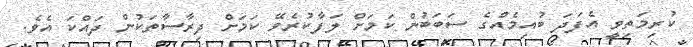
ކުރިމަތިވީ އެފަދަ ބުއިމެއްގެ ސަބަބުން ކަމަށް ލަފާކުރެވޭ ކަމަށް ދިރާސާތަކުން ދައްކަ އެވެ.